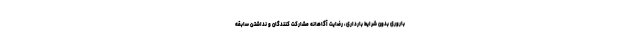
باروری بدون شرایط بارداری، رضایت آگاهانه مشارکت کنندگان و نداشتن سابقه